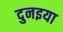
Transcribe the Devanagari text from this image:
दुनइया